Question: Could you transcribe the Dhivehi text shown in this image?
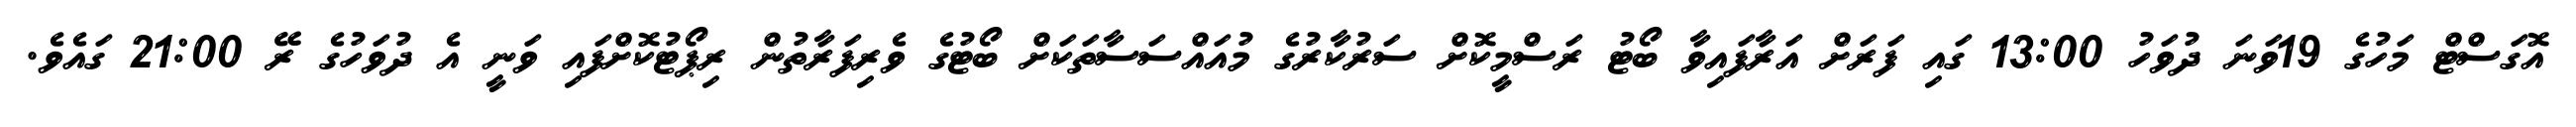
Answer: އޮގަސްޓް މަހުގެ 19ވަނަ ދުވަހު 13:00 ގައި ފަރަށް އަރާފައިވާ ބޯޓު ރަސްމީކޮށް ސަރުކާރުގެ މުއައްސަސާތަކަށް ބޯޓުގެ ވެރިފަރާތުން ރިޕޯޓުކޮށްފައި ވަނީ އެ ދުވަހުގެ ރޭ 21:00 ގައެވެ.